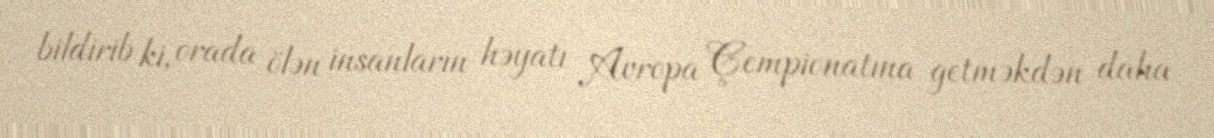
bildirib ki, orada ölən insanların həyatı Avropa Çempionatına getməkdən daha